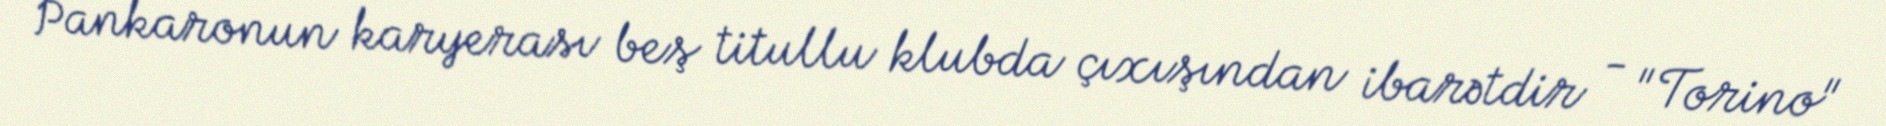
Pankaronun karyerası beş titullu klubda çıxışından ibarətdir - "Torino"